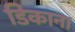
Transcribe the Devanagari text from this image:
डिकाना